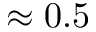
\approx 0 . 5